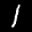
Label: 1